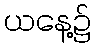
ယနေ့၌